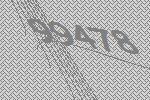
99478